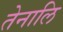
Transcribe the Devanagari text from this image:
तेनालि